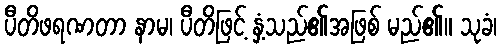
ပီတိဖရဏတာ နာမ၊ ပီတိဖြင့် နှံ့သည်၏အဖြစ် မည်၏။ သုခံ၊